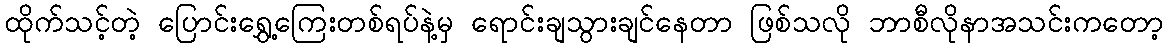
ထိုက်သင့်တဲ့ ပြောင်းရွှေ့ကြေးတစ်ရပ်နဲ့မှ ရောင်းချသွားချင်နေတာ ဖြစ်သလို ဘာစီလိုနာအသင်းကတော့